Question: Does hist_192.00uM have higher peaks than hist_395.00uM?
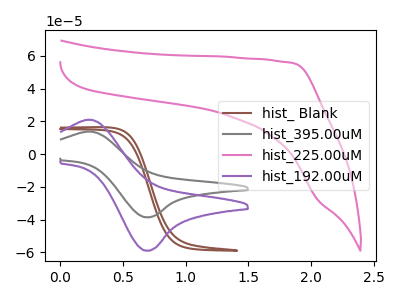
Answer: <think>The brown curve "hist_ Blank" has no peaks. The gray curve "hist_395.00uM" has an anodic peak at (0.25V, 13.65uA) and a cathodic peak at (0.70V, -38.60uA). The pink curve "hist_225.00uM" has no peaks. The purple curve "hist_192.00uM" has an anodic peak at (0.25V, 20.85uA) and a cathodic peak at (0.70V, -59.00uA).</think>
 <answer>Every peak in "hist_192.00uM" is higher than every peak in "hist_395.00uM".</answer>
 <eval>higher</eval>